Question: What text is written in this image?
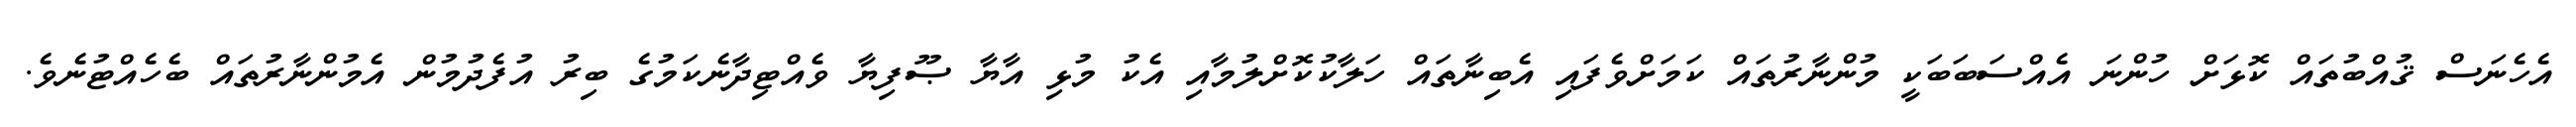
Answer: އެހެނަސް ޤުއްބުތައް ކޮޅަށް ހުންނަ އެއްސަބަބަކީ މުންނާރުތައް ކަމަށްވެފައި އެބިނާތައް ހަލާކުކޮށްލުމާއި އެކު މުޅި އާޔާ ޞޫފިޔާ ވެއްޓިދާނެކަމުގެ ބިރު އުފެދުމުން އެމުންނާރުތައް ބެހެއްޓުނެވެ.